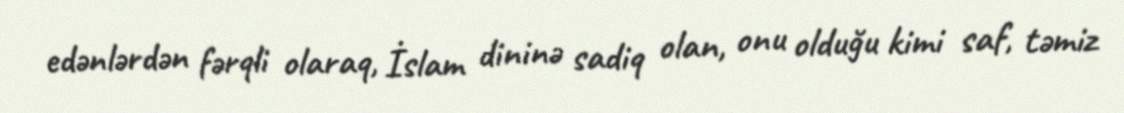
edənlərdən fərqli olaraq, İslam dininə sadiq olan, onu olduğu kimi saf, təmiz